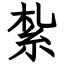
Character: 紮